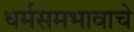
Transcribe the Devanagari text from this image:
धर्मसमभावाचे